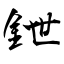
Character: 鉪